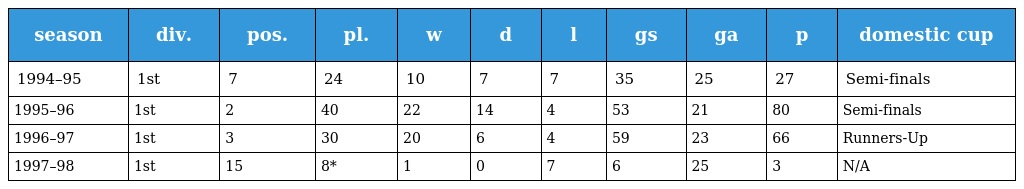
| season | div. | pos. | pl. | w | d | l | gs | ga | p | domestic cup |
 | --- | --- | --- | --- | --- | --- | --- | --- | --- | --- | --- |
 | 1994–95 | 1st | 7 | 24 | 10 | 7 | 7 | 35 | 25 | 27 | Semi-finals |
 | 1995–96 | 1st | 2 | 40 | 22 | 14 | 4 | 53 | 21 | 80 | Semi-finals |
 | 1996–97 | 1st | 3 | 30 | 20 | 6 | 4 | 59 | 23 | 66 | Runners-Up |
 | 1997–98 | 1st | 15 | 8* | 1 | 0 | 7 | 6 | 25 | 3 | N/A |